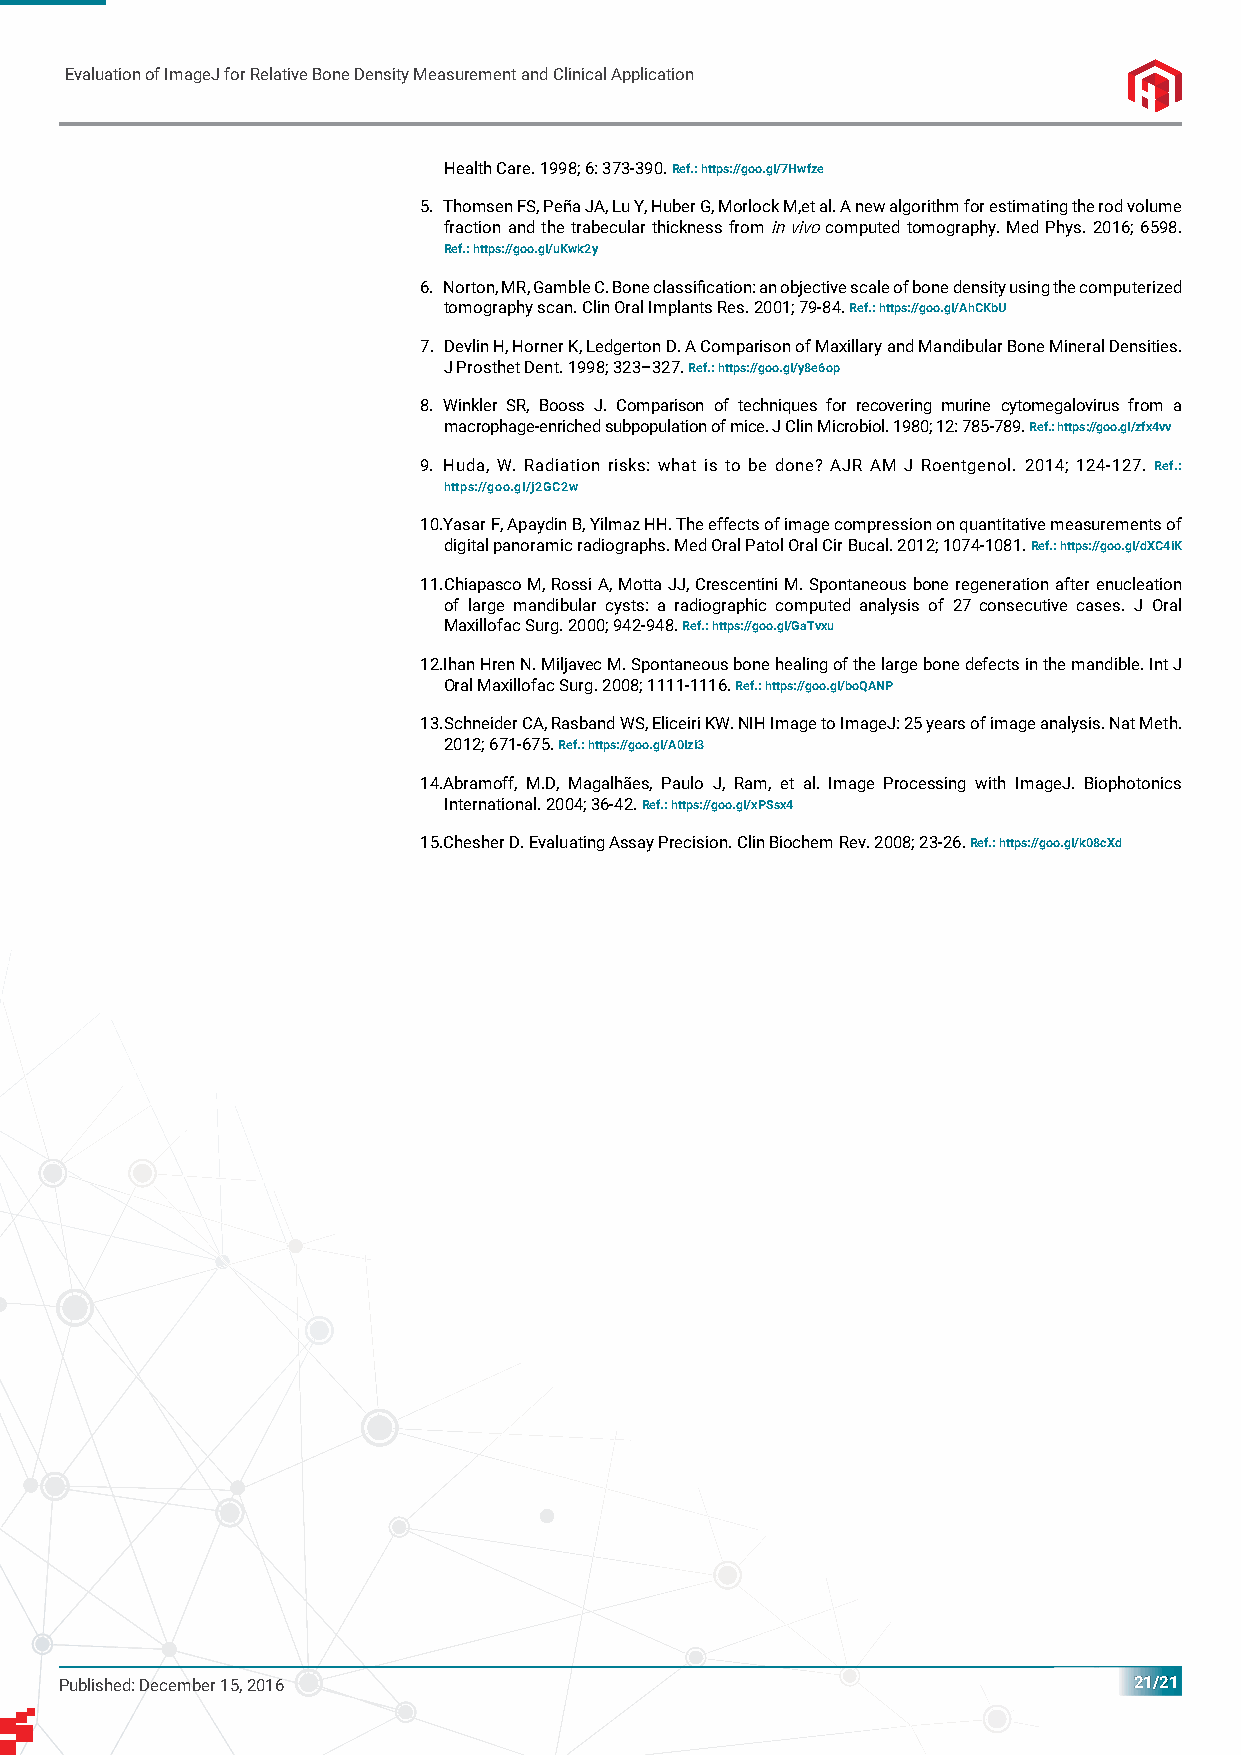
Evaluation of ImageJ for Relative Bone Density Measurement and Clinical Application
 Health Care. 1998; 6: 373-390. Ref.: https://goo.gl/7Hwfze
 5. Thomsen FS, Peña JA, Lu Y, Huber G, Morlock M,et al. A new algorithm for estimating the rod volume
 fraction and the trabecular thickness from in vivo computed tomography. Med Phys. 2016; 6598.
 Ref.: https://goo.gl/uKwk2y
 6. Norton, MR, Gamble C. Bone classifi cation: an objective scale of bone density using the computerized
 tomography scan. Clin Oral Implants Res. 2001; 79-84. Ref.: https://goo.gl/AhCKbU
 7. Devlin H, Horner K, Ledgerton D. A Comparison of Maxillary and Mandibular Bone Mineral Densities.
 J Prosthet Dent. 1998; 323–327. Ref.: https://goo.gl/y8e6op
 8. Winkler SR, Booss J. Comparison of techniques for recovering murine cytomegalovirus from a
 macrophage-enriched subpopulation of mice. J Clin Microbiol. 1980; 12: 785-789. Ref.: https://goo.gl/zfx4vv
 9. Huda, W. Radiation risks: what is to be done? AJR AM J Roentgenol. 2014; 124-127. Ref.:
 https://goo.gl/j2GC2w
 10. Yasar F, Apaydin B, Yilmaz HH. The effects of image compression on quantitative measurements of
 digital panoramic radiographs. Med Oral Patol Oral Cir Bucal. 2012; 1074-1081. Ref.: https://goo.gl/dXC4iK
 11. Chiapasco M, Rossi A, Motta JJ, Crescentini M. Spontaneous bone regeneration after enucleation
 of large mandibular cysts: a radiographic computed analysis of 27 consecutive cases. J Oral
 Maxillofac Surg. 2000; 942-948. Ref.: https://goo.gl/GaTvxu
 12. Ihan Hren N. Miljavec M. Spontaneous bone healing of the large bone defects in the mandible. Int J
 Oral Maxillofac Surg. 2008; 1111-1116. Ref.: https://goo.gl/boQANP
 13. Schneider CA, Rasband WS, Eliceiri KW. NIH Image to ImageJ: 25 years of image analysis. Nat Meth.
 2012; 671-675. Ref.: https://goo.gl/A0lzi3
 14. Abramoff, M.D, Magalhães, Paulo J, Ram, et al. Image Processing with ImageJ. Biophotonics
 International. 2004; 36-42. Ref.: https://goo.gl/xPSsx4
 15. Chesher D. Evaluating Assay Precision. Clin Biochem Rev. 2008; 23-26. Ref.: https://goo.gl/k08cXd
 Published: December 15, 2016                                           21/21